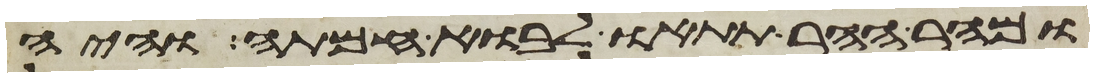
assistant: ומהר ההר תתאו לבוא חמתה והיה